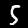
Digit: 5